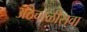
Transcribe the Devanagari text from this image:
अठेचाळीसवा